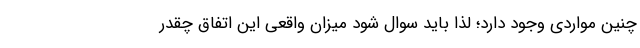
چنین مواردی وجود دارد؛ لذا باید سوال شود میزان واقعی این اتفاق چقدر